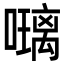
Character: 𭋰